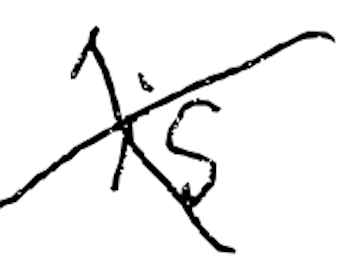
Text: is
Cross-out: mix
Writing tool: digital_black